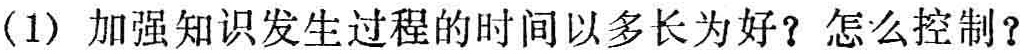
（1）加强知识发生过程的时间以多长为好？怎么控制？